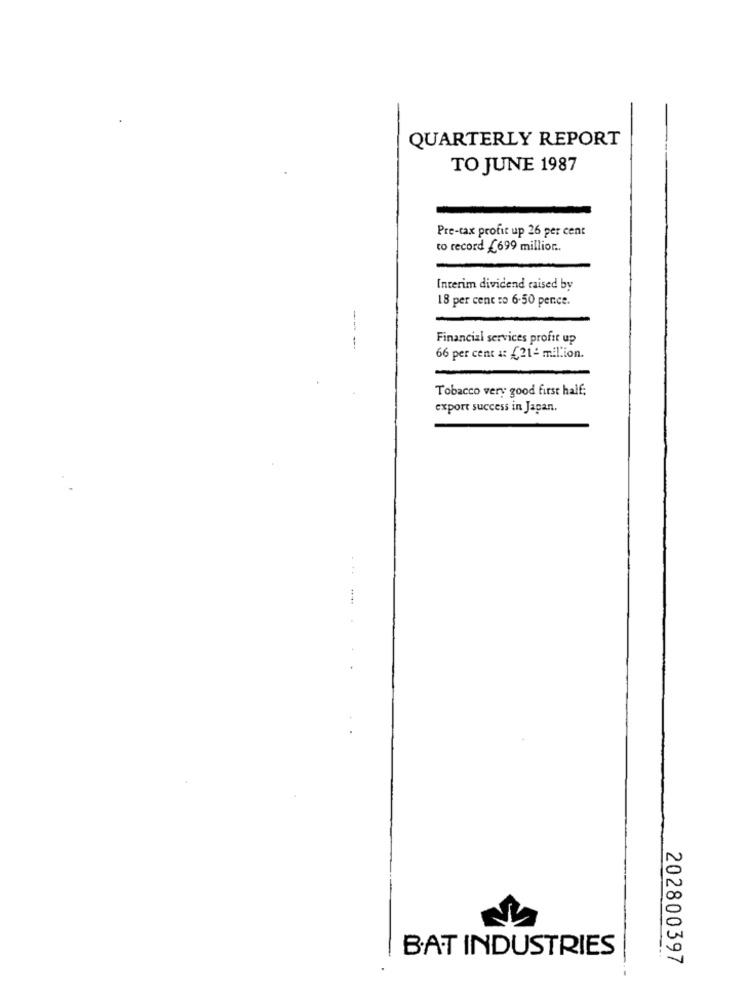
QUARTERLY REPORT
TO JUNE 1987
Pre-tax profit up 26 per cent
to record £699 million ..
Interim dividend raised by
18 per cent ro 6-50 pence.
Financial services profit up
66 per cent a: £21- million.
Tobacco very good first half;
export success in Japan.
BAT INDUSTRIES
202800397